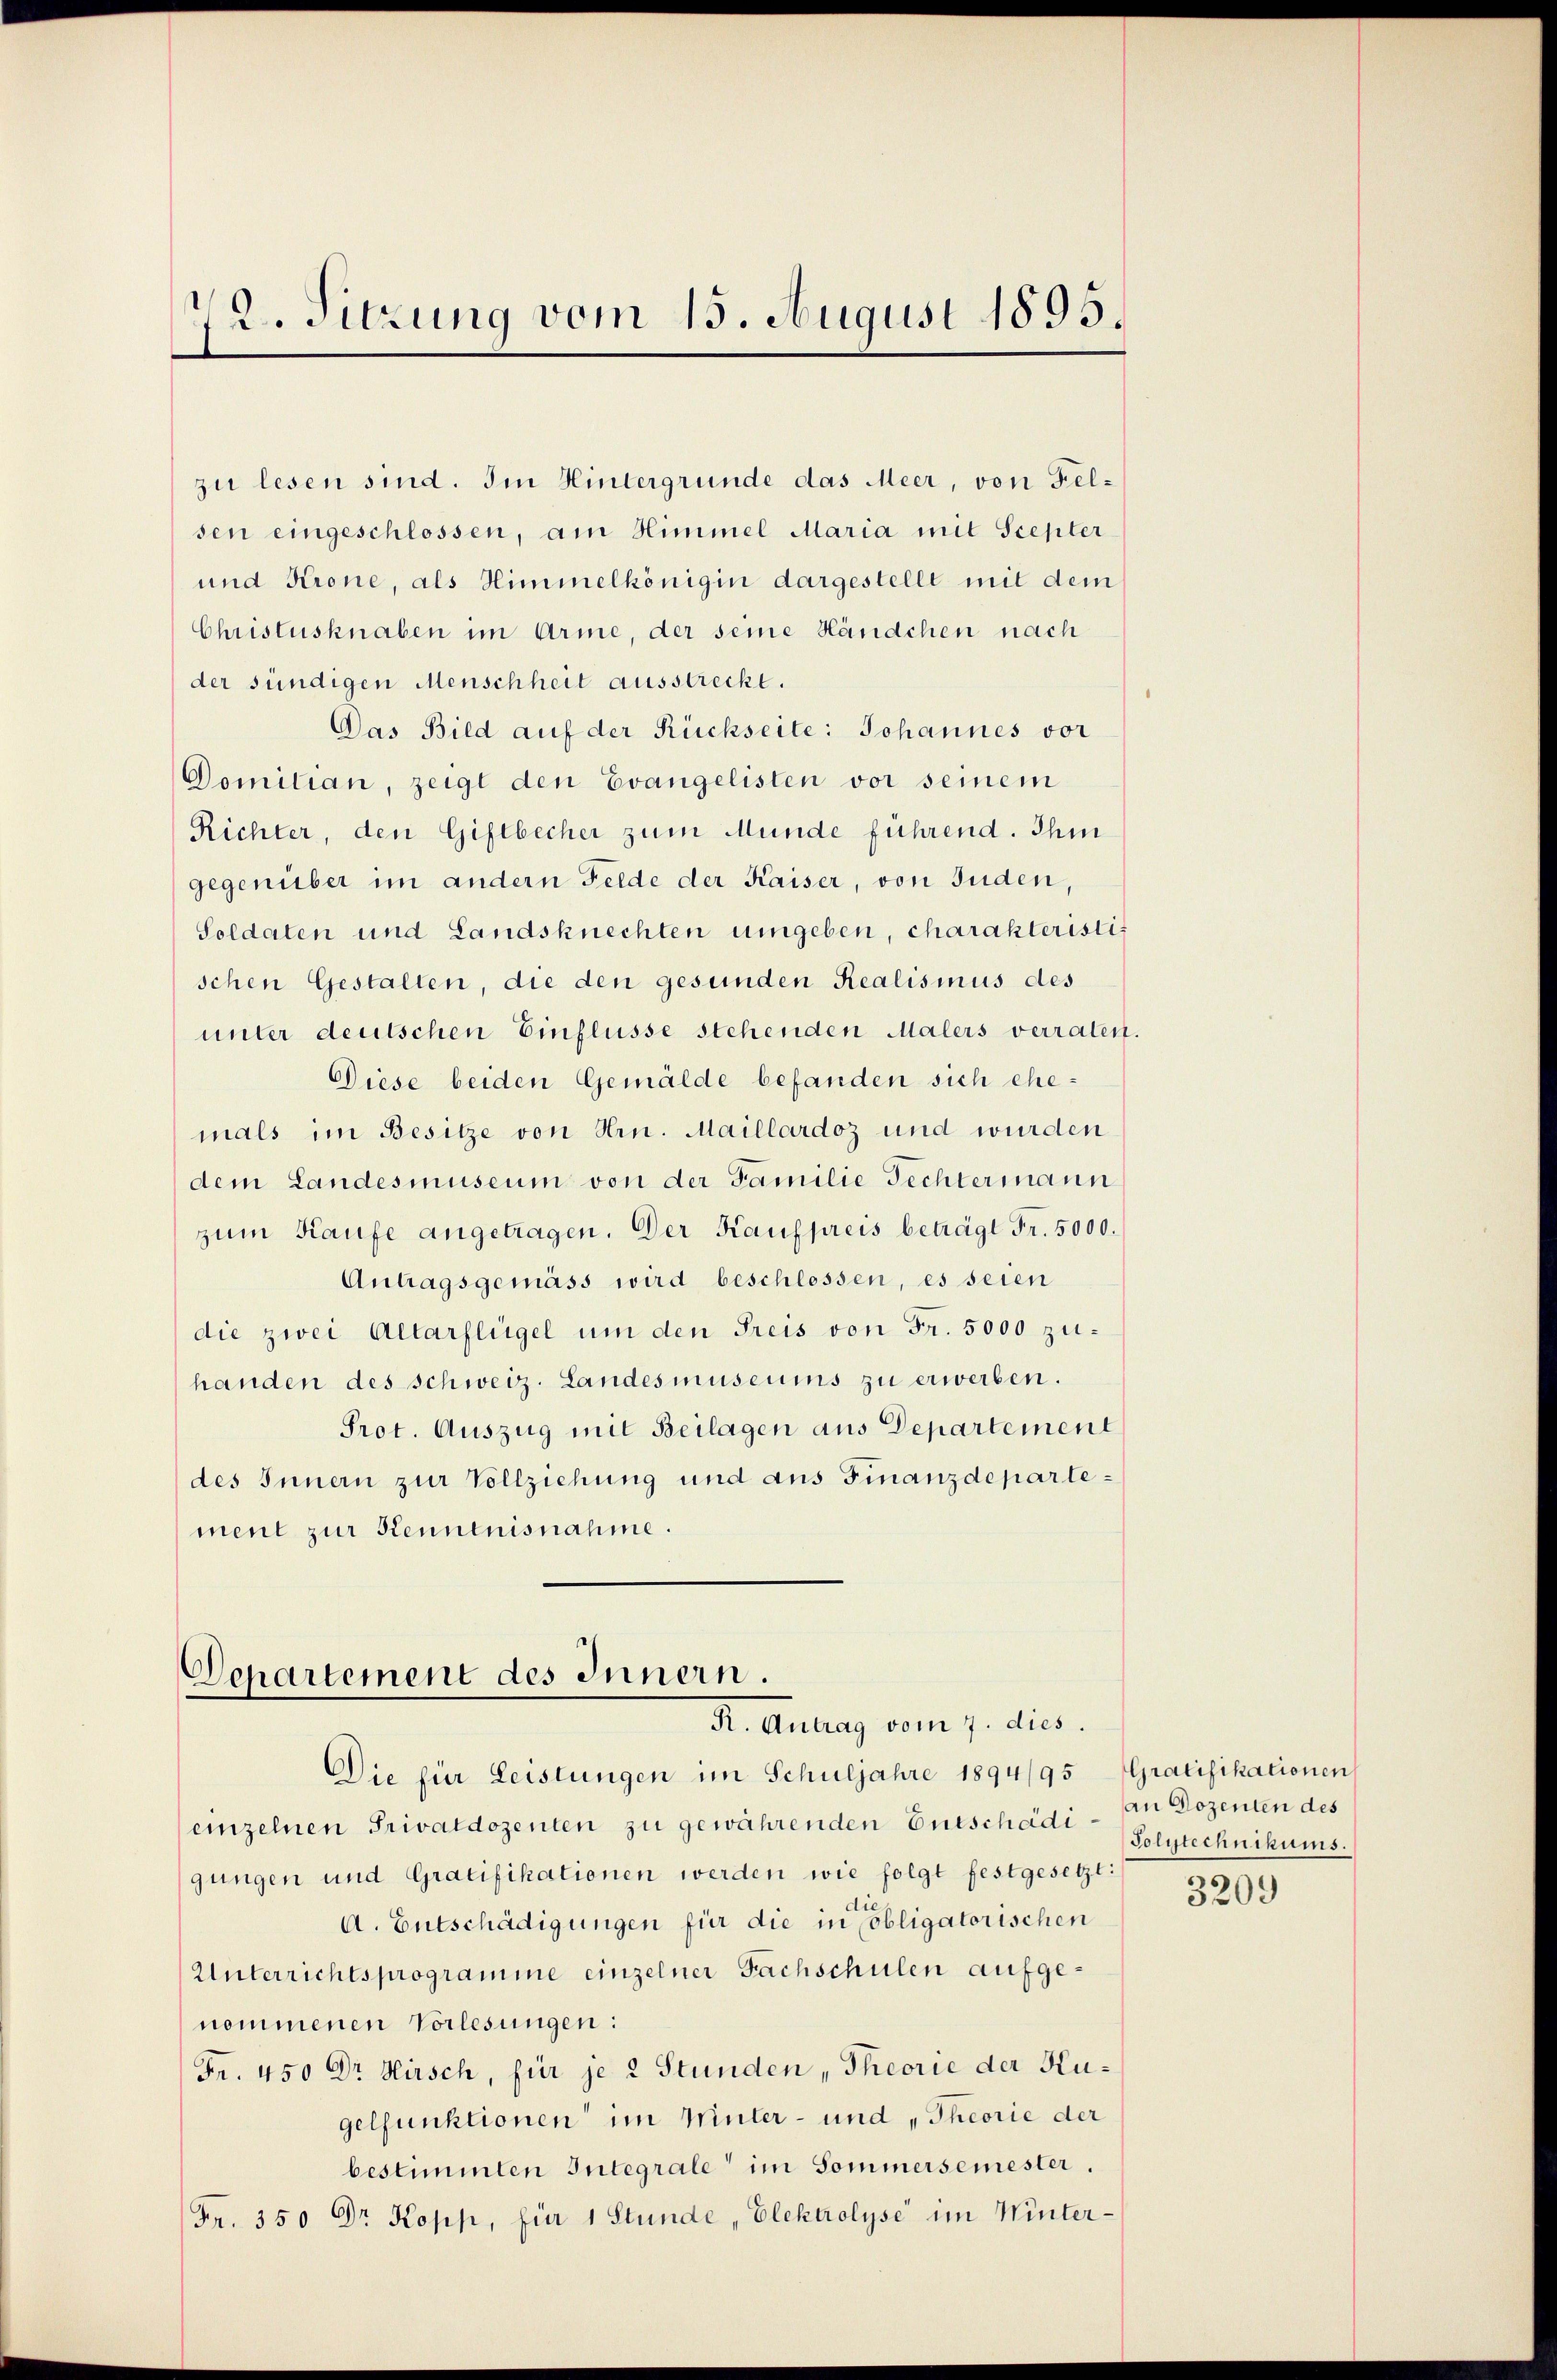
72. Sitzung vom 15. August 1895.

zu lesen sind. Im Hintergrunde das Meer, von Felsen eingeschlossen, am Himmel Maria mit Scepter
und Krone, als Himmelkönigin dargestellt mit dem
Christusknaben im Arme, der seine Händchen nach
der sündigen Menschheit ausstreckt.
Das Bild auf der Rückseite: Johannes vor
Domitian, zeigt den Evangelisten vor seinem
Richter, den Giftbecher zum Munde führend. Ihm
gegenüber im andern Felde der Kaiser, von Juden,
Soldaten und Landsknechten umgeben, charakteristis
schen Gestalten, die den gesunden Realismus des
unter deutschen Einflüsse stehenden Malers verraten.
Diese beiden Gemälde befanden sich ehemals im Besitze von Hrn. Maillardoz und wurden
dem Landesmuseum von der Familie Fechtermann
zum Kaufe angetragen. Der Kaufpreis beträgt Fr. 5000.
Antragsgemäss wird beschlossen, es seien
die zwei Altarflügel um den Preis von Fr. 5000 zuhanden des Schweiz. Landesmuseums zu erwerben.
Prot. Auszug mit Beilagen aus Departement
des Innern zur Vollziehung und aus Finanzdepartement zur Kenntnisnahme.

Departement des Innern.
R. Antrag vom 7. dies

Die für Leistungen im Schuljahre 1894/95 Gratifikationen
einzelnen Privatdozenten zu gewährenden Entschädigungen und Gratifikationen werden wie folgt festgesetzt:
di
A. Entschädigungen für die in obligatorischen
Unterrichtsprogramme einzelner Fachschulen aufgenommenen Vorlesungen:
Fr. 450 Dr Hirsch, für je 2 Stunden, Theorie der Kugelfunktionen im Winter- und „Theorie der
bestimmten Integrale im Sommersemester.
Fr. 350 Dr Kopp, für 1 Stunde, Elektrolyse im Winter-

an Dozenten des
Polytechnikums.
3209